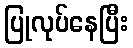
ပြုလုပ်နေပြီး